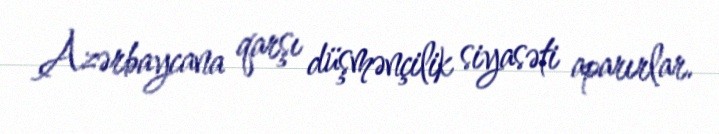
Azərbaycana qarşı düşmənçilik siyasəti aparırlar.